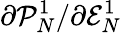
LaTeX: \partial\mathcal{P}_{N}^{1}/\partial\mathcal{E}_{N}^{1}